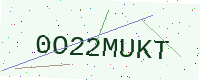
Text: 0O22MUKT